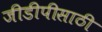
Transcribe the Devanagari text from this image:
जीडीपीसाठी